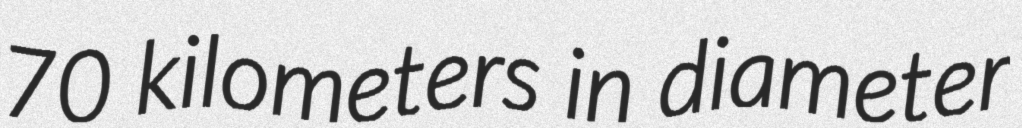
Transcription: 70 kilometers in diameter